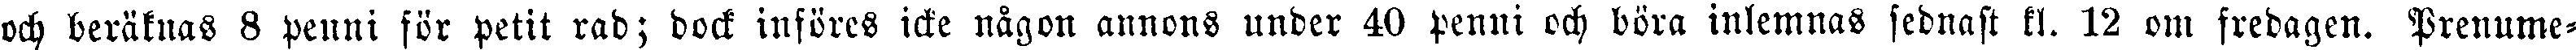
och beräknas 8 penni för petit rad; dock införes icke nägon annons under 40 penni och böra inlemnas sednast kl. 12 om fredagen. Prenume-